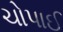
ચોપાઈ